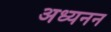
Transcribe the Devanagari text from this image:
अध्यनन